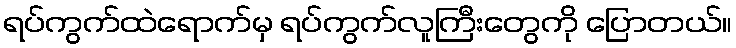
ရပ်ကွက်ထဲရောက်မှ ရပ်ကွက်လူကြီးတွေကို ပြောတယ်။